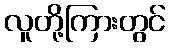
လူတို့ကြားတွင်